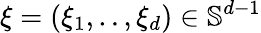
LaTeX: \xi=(\xi_{1},..,\xi_{d})\in\mathbb{S}^{d-1}